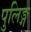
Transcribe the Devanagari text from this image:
पुलिङ्ग